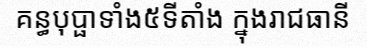
គន្ធបុប្ផាទាំង៥ទីតាំង ក្នុងរាជធានី